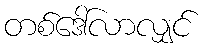
တစ်ဒေါ်လာလျှင်